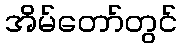
အိမ်တော်တွင်